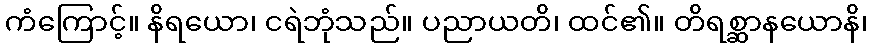
ကံကြောင့်။ နိရယော၊ ငရဲဘုံသည်။ ပညာယတိ၊ ထင်၏။ တိရစ္ဆာနယောနိ၊